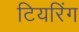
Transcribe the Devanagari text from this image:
टियरिंग